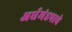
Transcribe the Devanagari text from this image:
अर्धमंडपाचे